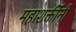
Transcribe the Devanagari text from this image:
महाशक्तींनी